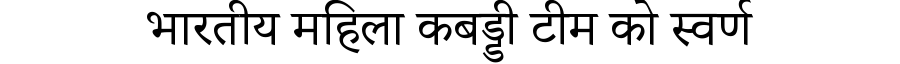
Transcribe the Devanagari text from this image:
भारतीय महिला कबड्डी टीम को स्वर्ण